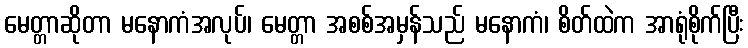
မေတ္တာဆိုတာ မနောကံအလုပ်၊ မေတ္တာ အစစ်အမှန်သည် မနောကံ၊ စိတ်ထဲက အာရုံစိုက်ပြီး